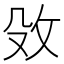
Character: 𮳀